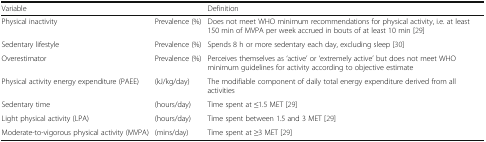
| Variable |  | Definition |
 | --- | --- | --- |
 | Physical inactivity | Prevalence (%) | Does not meet WHO minimum recommendations for physical activity, i.e. at least 150 min of MVPA per week accrued in bouts of at least 10 min [29] |
 | Sedentary lifestyle | Prevalence (%) | Spends 8 h or more sedentary each day, excluding sleep [30] |
 | Overestimator | Prevalence (%) | Perceives themselves as ‘active’ or ‘extremely active’ but does not meet WHO minimum guidelines for activity according to objective estimate |
 | Physical activity energy expenditure (PAEE) | (kJ/kg/day) | The modifiable component of daily total energy expenditure derived from all activities |
 | Sedentary time | (hours/day) | Time spent at ≤1.5 MET [29] |
 | Light physical activity (LPA) | (hours/day) | Time spent between 1.5 and 3 MET [29] |
 | Moderate-to-vigorous physical activity (MVPA) | (mins/day) | Time spent at ≥3 MET [29] |